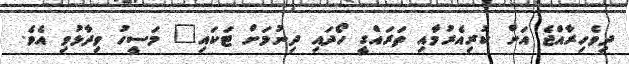
ދިވެހިރާއްޖެ އަށް ކުރިއެރުމާއި ތަރައްގީ ހޯދައި ދިނުމަށް ޓަކައި" މަސީހު ވިދާޅުވި އެވެ.